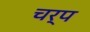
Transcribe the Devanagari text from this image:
चर्प